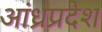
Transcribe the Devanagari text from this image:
अांध्रप्रदेश